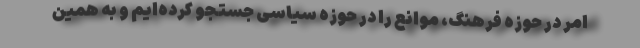
امر در حوزه فرهنگ، موانع را در حوزه سیاسی جستجو کرده‌ایم و به همین